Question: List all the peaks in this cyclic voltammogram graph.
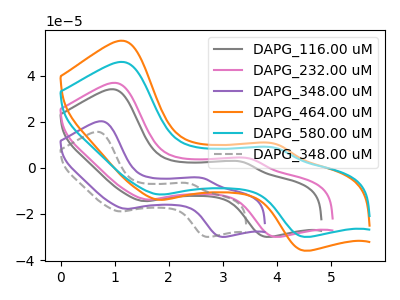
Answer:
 <answer>The gray curve "DAPG_116.00 uM" has anodic peaks at (1.00V, 34.05uA) (3.35V, 2.60uA) and cathodic peaks at (1.55V, -14.40uA) (3.80V, -29.90uA). The pink curve "DAPG_232.00 uM" has anodic peaks at (1.05V, 36.80uA) (3.50V, 4.00uA) and cathodic peaks at (1.60V, -13.75uA) (3.95V, -29.90uA). The purple curve "DAPG_348.00 uM" has anodic peaks at (0.75V, 20.20uA) (2.65V, -4.45uA) and cathodic peaks at (1.20V, -17.80uA) (2.95V, -29.90uA). The orange curve "DAPG_464.00 uM" has anodic peaks at (1.15V, 55.05uA) (3.95V, 10.35uA) and cathodic peaks at (1.85V, -13.85uA) (4.50V, -35.90uA). The cyan curve "DAPG_580.00 uM" has anodic peaks at (1.15V, 45.90uA) (3.95V, 8.65uA) and cathodic peaks at (1.85V, -11.55uA) (4.50V, -29.90uA). The gray dashed curve "DAPG_348.00 uM" has anodic peaks at (0.70V, 15.60uA) (2.40V, -6.80uA) and cathodic peaks at (1.10V, -18.90uA) (2.70V, -29.90uA).</answer>
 <eval></eval>